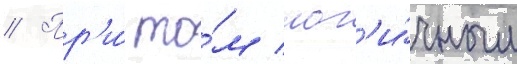
// Пр'и́ то́м лог'и́чным